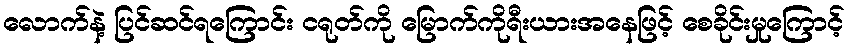
လောက်နဲ့ ပြင်ဆင်ရကြောင်း ငရုတ်ကို မြောက်ကိုရီးယားအနေဖြင့် စေခိုင်းမှုကြောင့်